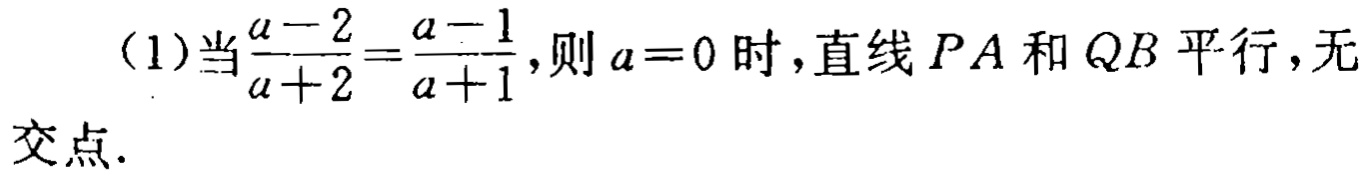
（1）当$\frac{a - 2}{a + 2}=\frac{a - 1}{a + 1}$，则$a = 0$时，直线$PA$和$QB$平行，无交点.